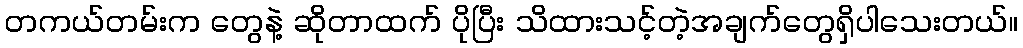
တကယ်တမ်းက တွေနဲ့ ဆိုတာထက် ပိုပြီး သိထားသင့်တဲ့အချက်တွေရှိပါသေးတယ်။